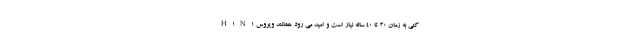
کنی به زمان ۳۰ تا ۴۰ ساله نیاز است و امید می رود همانند ویروس H۱N۱